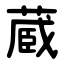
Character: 蔵